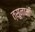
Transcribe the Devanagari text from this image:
त्सूनामी